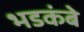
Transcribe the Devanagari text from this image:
भडकंबे